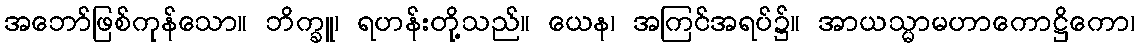
အဘော်ဖြစ်ကုန်သော။ ဘိက္ခူ၊ ရဟန်းတို့သည်။ ယေန၊ အကြင်အရပ်၌။ အာယသ္မာမဟာကောဋ္ဌိကော၊